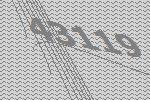
43119